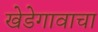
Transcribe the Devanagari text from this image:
खेडेगावाचा